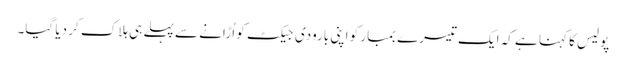
پولیس کا کہنا ہے کہ ایک تیسرے بمبار کو اپنی بارودی جیکٹ کو اُڑانے سے پہلے ہی ہلاک کر دیا گیا۔